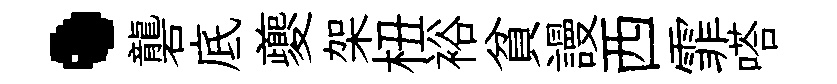
·礱底夔架杻裕貧謾西霏嗒